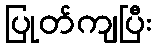
ပြုတ်ကျပြီး